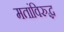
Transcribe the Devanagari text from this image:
मतांविरुद्ध